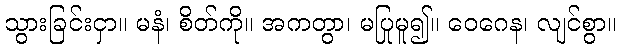
သွားခြင်းငှာ။ မနံ၊ စိတ်ကို။ အကတွာ၊ မပြုမူ၍။ ဝေဂေန၊ လျင်စွာ။